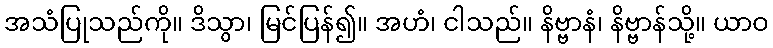
အသံပြုသည်ကို။ ဒိသွာ၊ မြင်ပြန်၍။ အဟံ၊ ငါသည်။ နိဗ္ဗာနံ၊ နိဗ္ဗာန်သို့။ ယာဝ